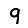
Digit: 9